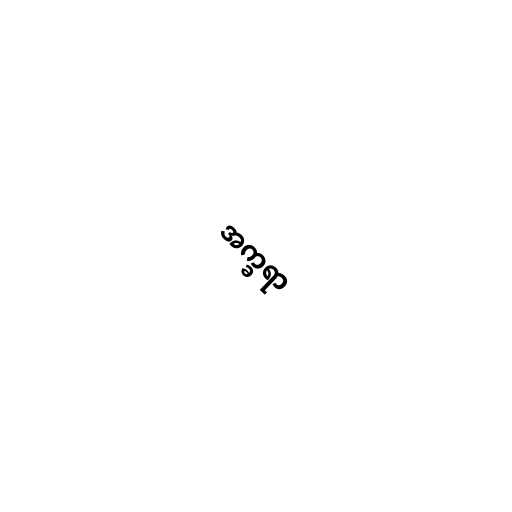
အက္ခရာ